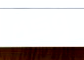
وكذا